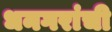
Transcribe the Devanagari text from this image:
धनगरांची